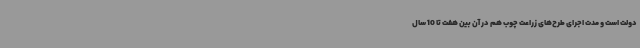
دولت است و مدت اجرای طرح‌های زراعت چوب هم در آن بین هفت تا 10 سال